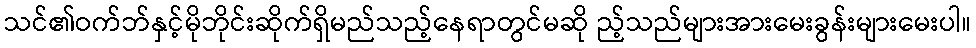
သင်၏ဝက်ဘ်နှင့်မိုဘိုင်းဆိုက်ရှိမည်သည့်နေရာတွင်မဆို ည့်သည်များအားမေးခွန်းများမေးပါ။